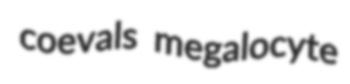
coevals megalocyte